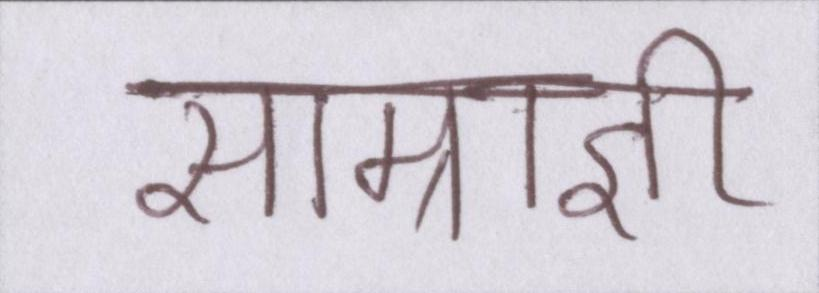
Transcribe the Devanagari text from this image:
साम्राज्ञी